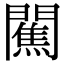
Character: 𨶲